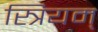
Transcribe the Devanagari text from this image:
स्त्रियम्